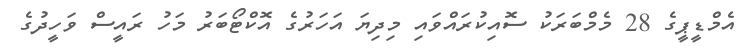
އެމްޑީޕީގެ 28 މެމްބަރަކު ސޮއިކުރައްވައި މިދިޔަ އަހަރުގެ އޮކްޓޯބަރު މަހު ރައީސް ވަހީދުގެ